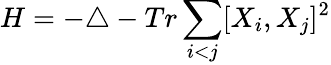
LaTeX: H=-\triangle-Tr\sum_{i<j}[X_{i},X_{j}]^{2}